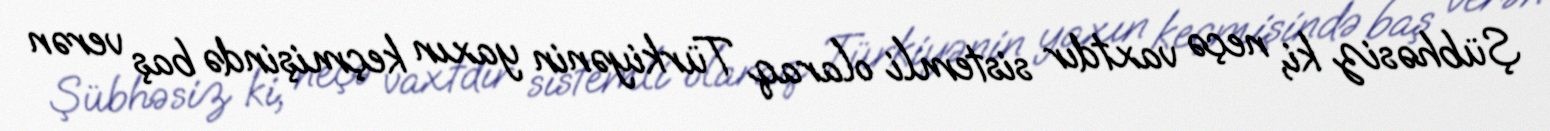
Şübhəsiz ki, neçə vaxtdır sistemli olaraq Türkiyənin yaxın keçmişində baş verən